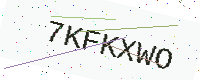
Text: 7KFKXWO